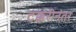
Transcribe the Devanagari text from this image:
टक्करीनंतर